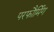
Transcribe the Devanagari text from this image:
परफौर्मिंग